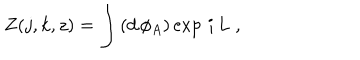
Z ( j , k , z ) = \int \, ( d \, \phi _ { A } ) \exp \, i \, L \; ,